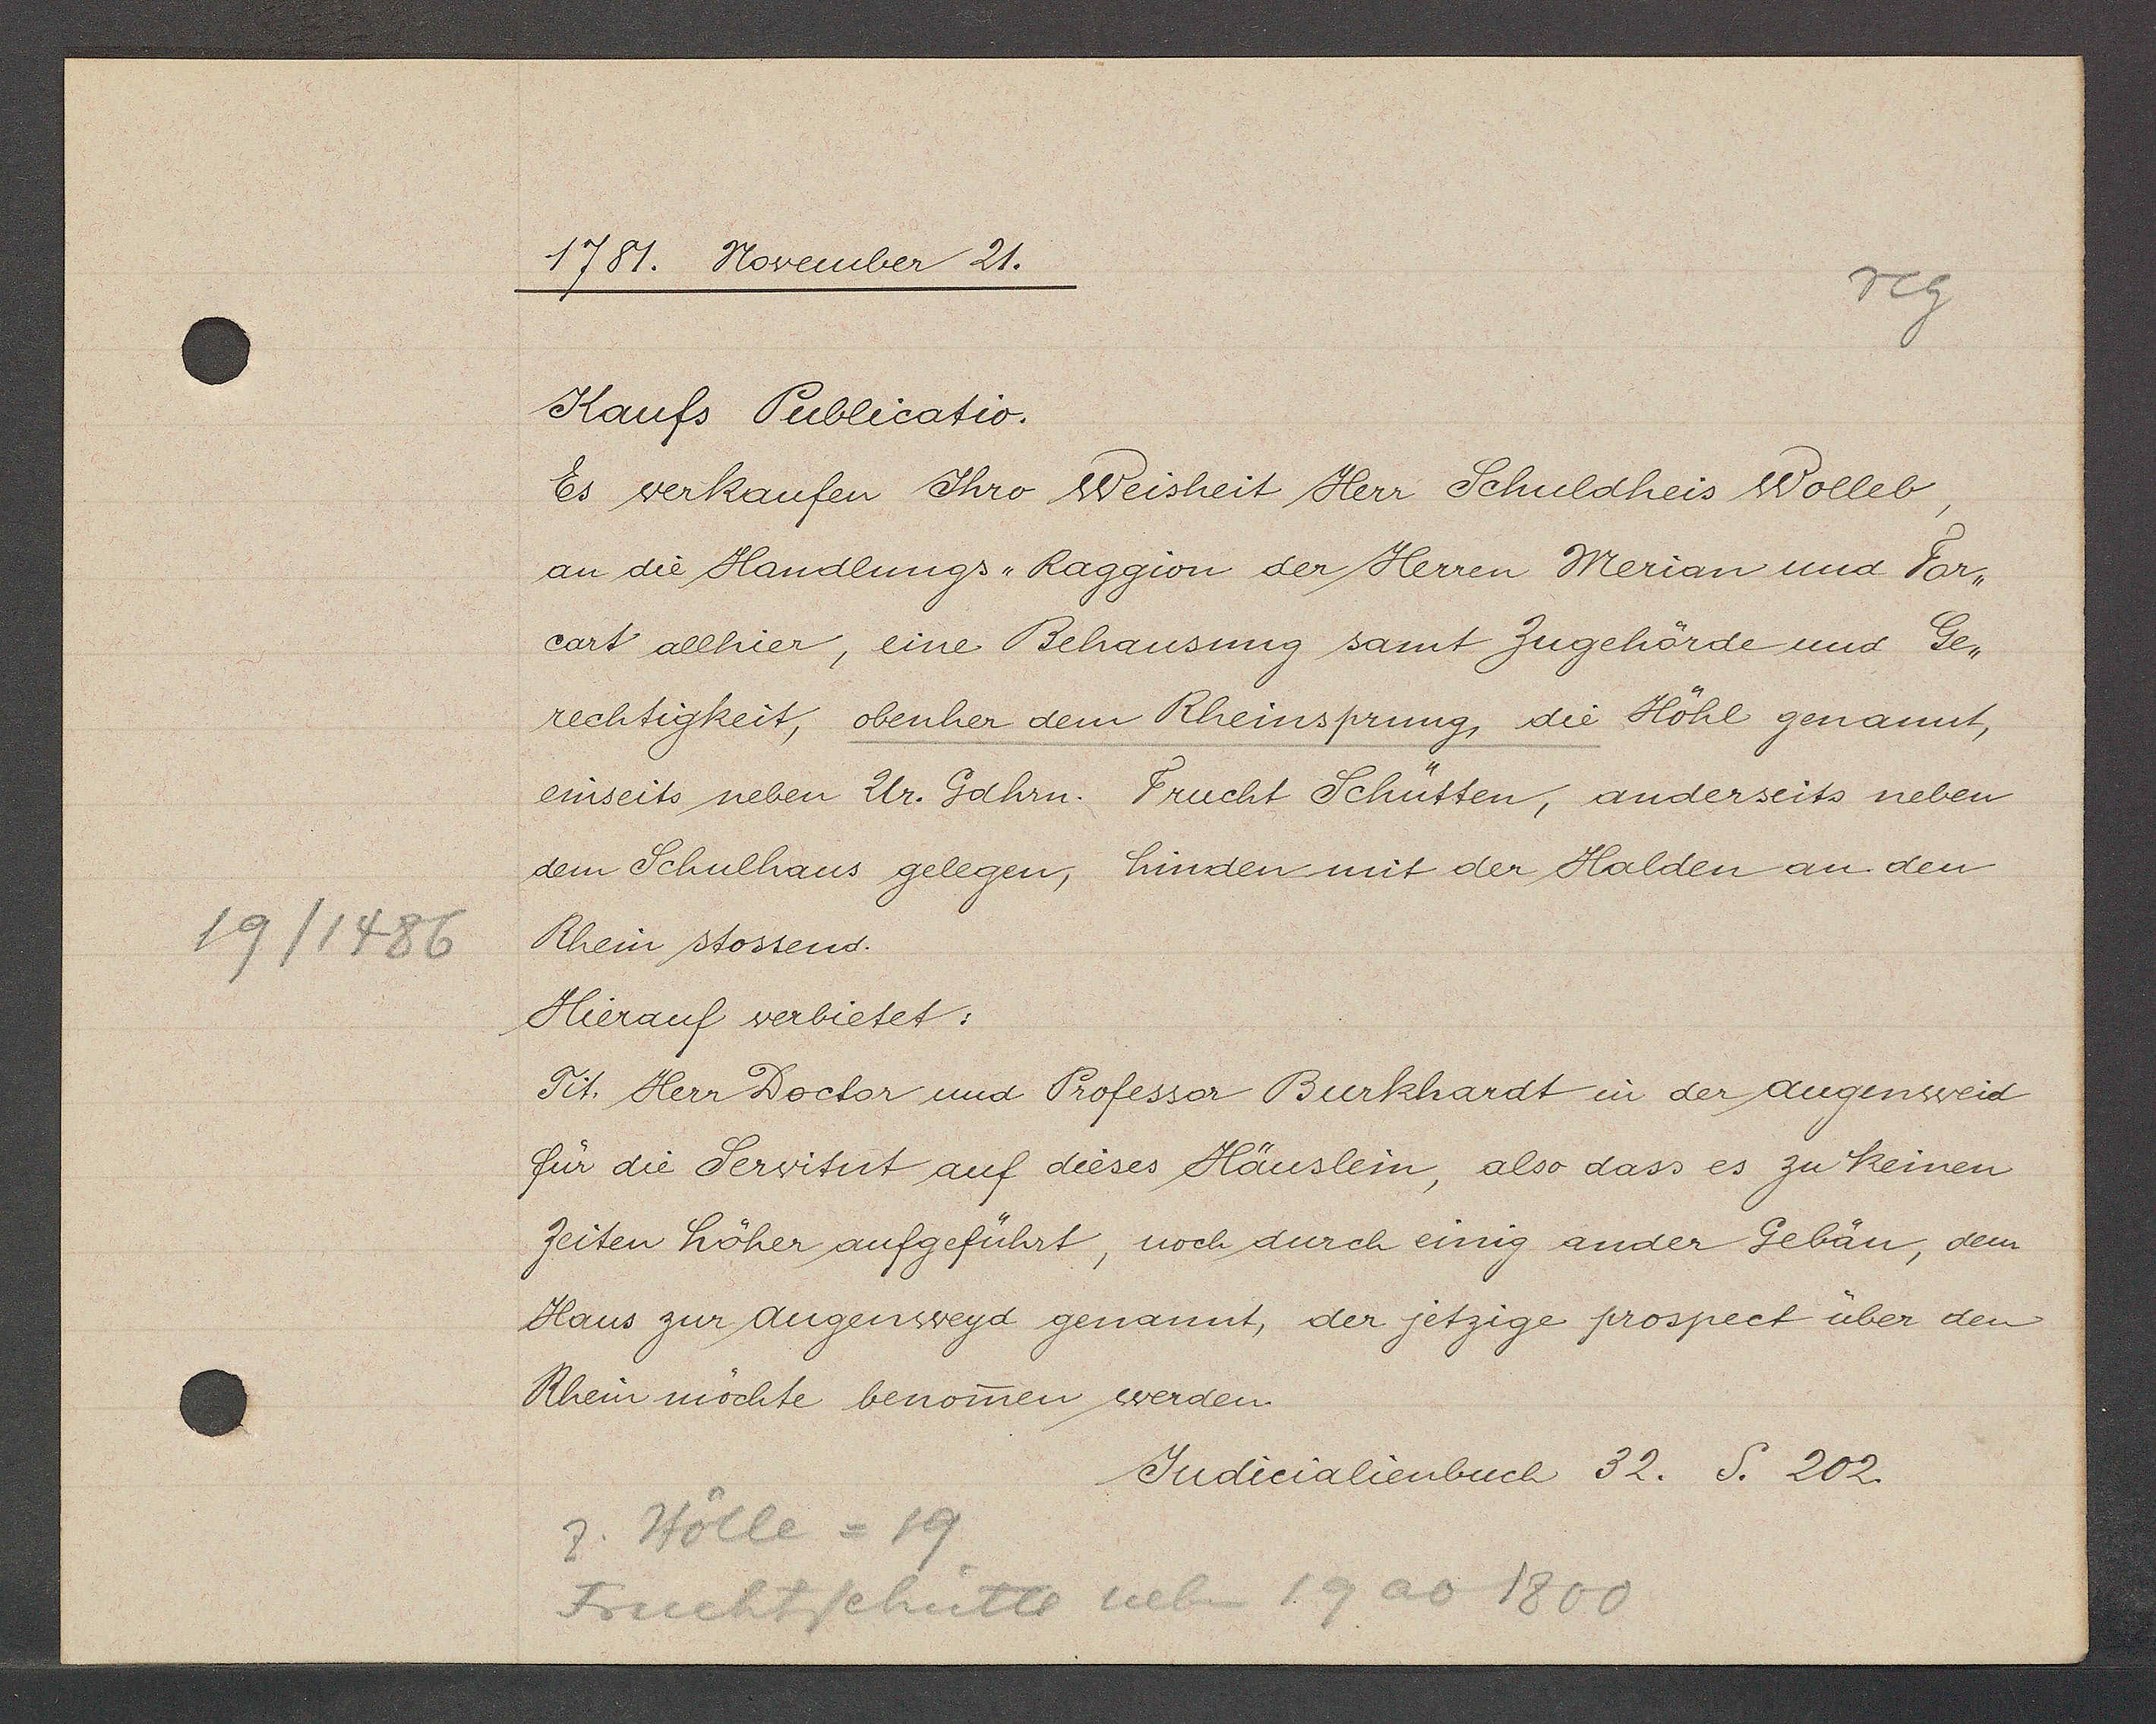
Transcript:
19/1486

1781. November 21.

Kaufs Publicatio.
Es verkaufen Ihro Weisheit Herr Schuldheis Wolleb,
an die Handlungs Raggion der Herren Merian und Far¬
cart allhier, eine Behausung samt Zugehörde und Ge¬
rechtigkeit, obenher dem Rheinsprung, die Höhl genannt,
einseits neben Ur. Gahrn. Frucht Schütten, anderseits neben
dem Schulhaus gelegen, hinden mit der Halden an den
Rhein stossend.
Hierauf verbietet:
Tit. Herr Doctor und Professer Burkhardt in der augenweid
für die Servitut auf dieses Häuslein, also dass es zu keinen
Zeiten höher aufgeführt, noch durch einig ander Gebän, dem
Haus zur Augenweyd genannt, der jetzige prospect über den
Rhein möchte benomen werden.

z. Hölle = 19
Fruchtschütte neben 19 ao 1800

Judicialienbuch 32. S. 202